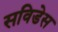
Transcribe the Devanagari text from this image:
सविडेस